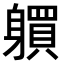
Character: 𨊋